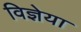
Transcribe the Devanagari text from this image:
विज्ञेया